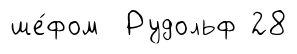
ше́фом Рудольф 28